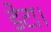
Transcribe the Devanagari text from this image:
डेटा।